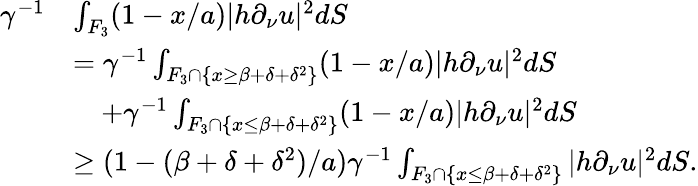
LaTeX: \begin{array}{rl}{\gamma^{-1}}&{\int_{F_{3}}(1-x/a)|h\partial_{\nu}u|^{2}dS}\\ &{=\gamma^{-1}\int_{F_{3}\cap\{ x\geq\beta+\delta+\delta^{2}\} }(1-x/a)|h\partial_{\nu}u|^{2}dS}\\ &{\quad+\gamma^{-1}\int_{F_{3}\cap\{ x\leq\beta+\delta+\delta^{2}\} }(1-x/a)|h\partial_{\nu}u|^{2}dS}\\ &{\geq(1-(\beta+\delta+\delta^{2})/a)\gamma^{-1}\int_{F_{3}\cap\{ x\leq\beta+\delta+\delta^{2}\} }|h\partial_{\nu}u|^{2}dS.}\end{array}